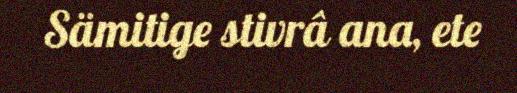
Sämitige stivrâ ana, ete